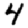
Digit: 4